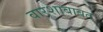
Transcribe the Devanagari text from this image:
वारशाबाबत